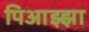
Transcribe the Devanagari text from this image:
पिआझ्झा